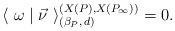
\begin{align*}\langle~ \omega \mid \vec{\nu} ~\rangle_{(\beta_P, \, d)}^{(X(P), X(P_\infty))}=0.\end{align*}